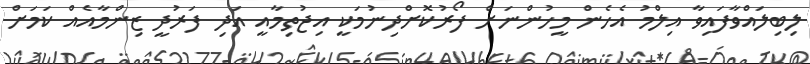
ލިބިލައްވާފައިވާ އިލްމު އެހެން މީހުންނަށް ފޯރުކޮށްދިނުމަކީ އިޖުތިމާއީ އަދި ފަރުދީ ޒިންމާއެއް ކަމަށް